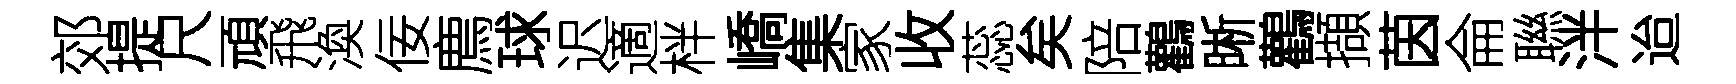
郊提尺頑飛渙佞廌球迟適柈嶠集家收蕊矣陪鸛晰鸛擷茵侖聮泮迨